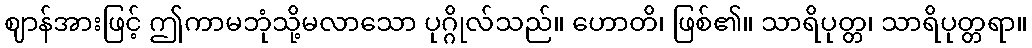
ဈာန်အားဖြင့် ဤကာမဘုံသို့မလာသော ပုဂ္ဂိုလ်သည်။ ဟောတိ၊ ဖြစ်၏။ သာရိပုတ္တ၊ သာရိပုတ္တရာ။